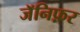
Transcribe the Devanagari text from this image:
जॅनिफ़र